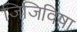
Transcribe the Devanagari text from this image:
जिजिविषा